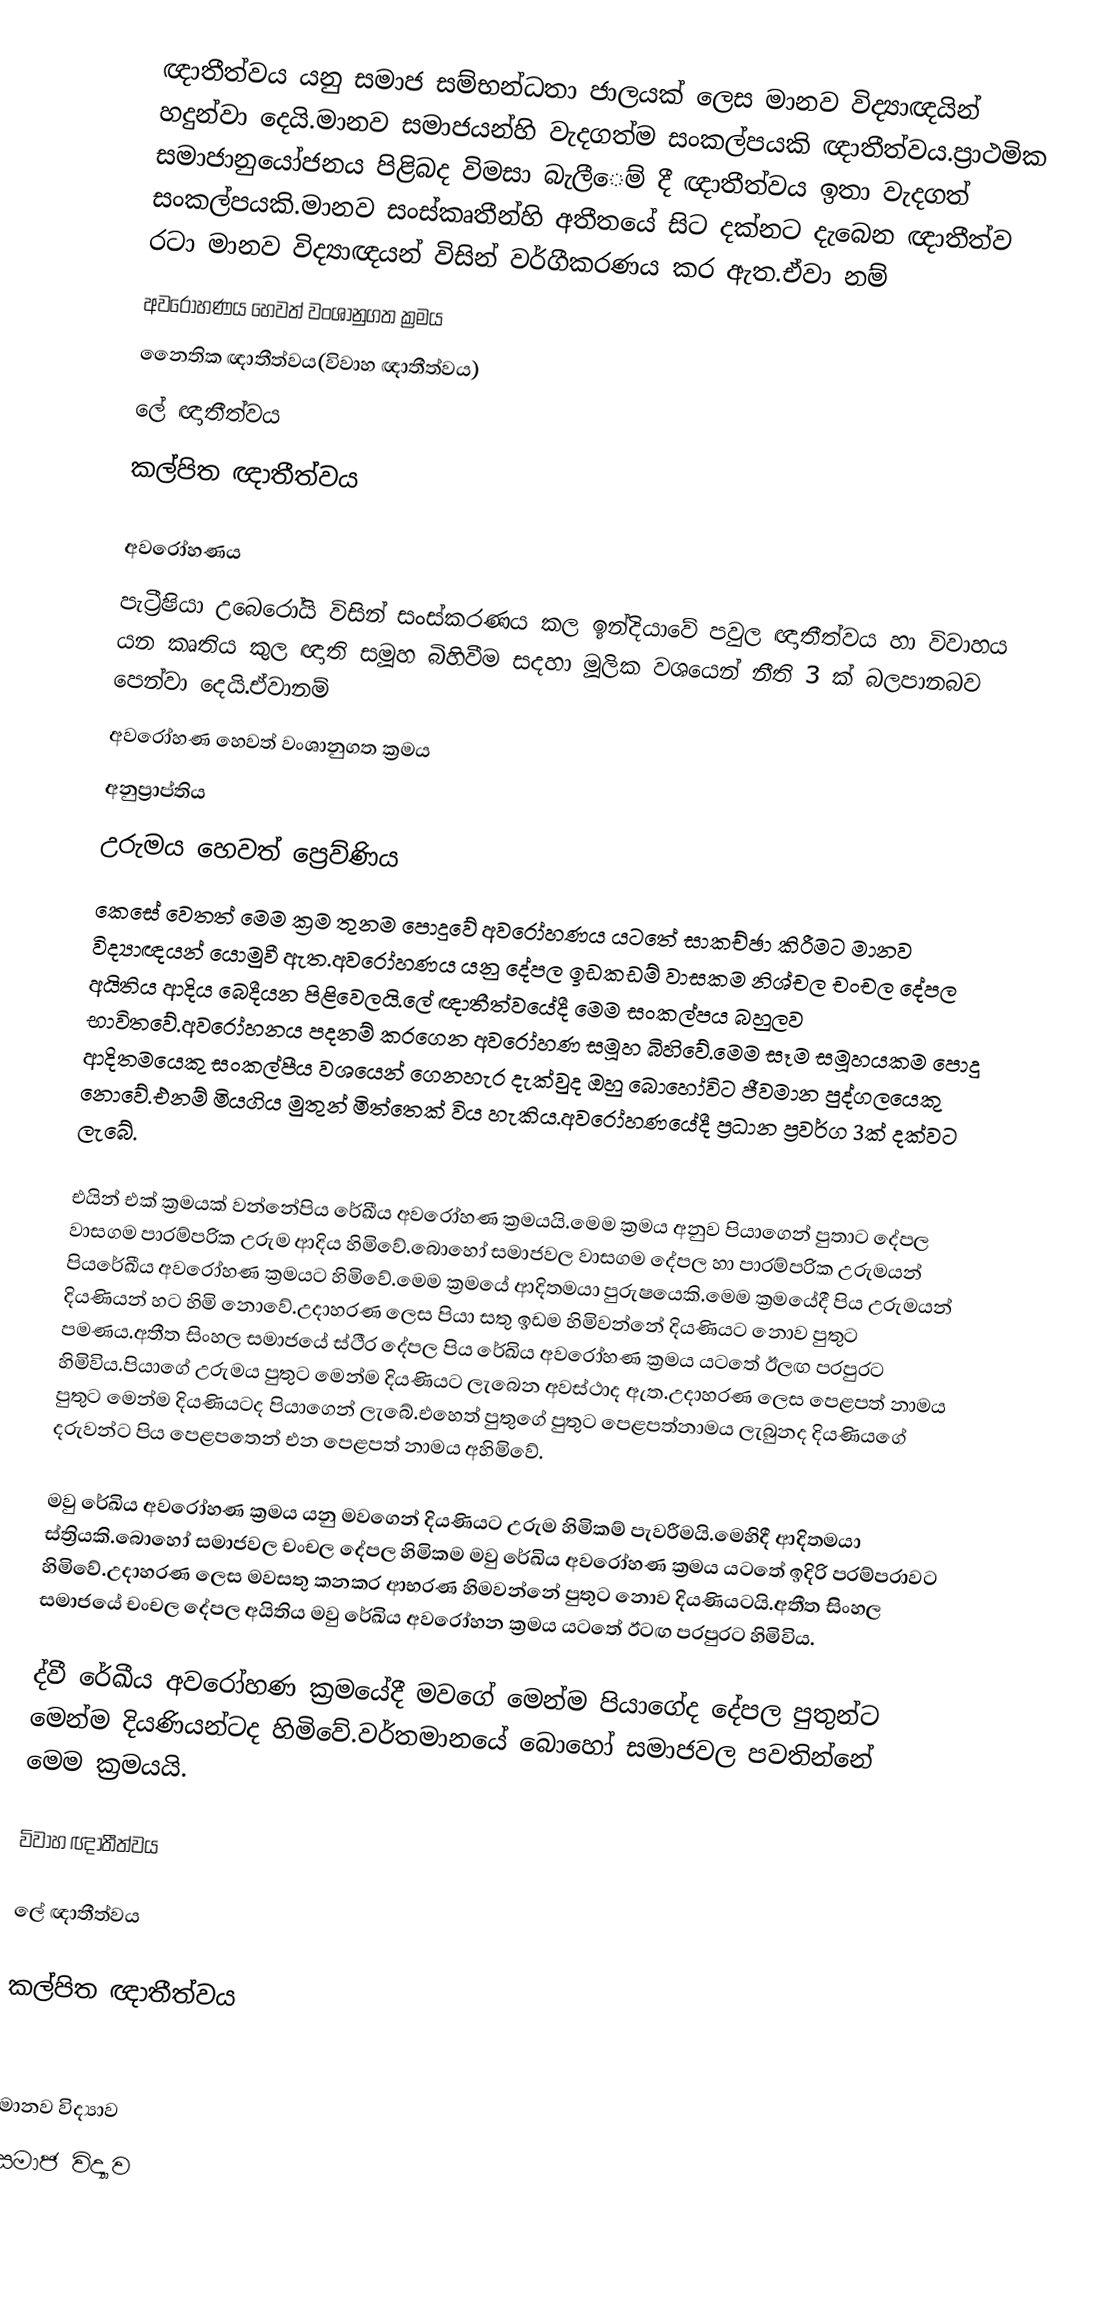
ඥාතීත්වය යනු සමාජ සම්භන්ධතා ජාලයක් ලෙස මානව විද්‍යාඥයින් හදුන්වා දෙයි.මානව සමාජයන්හි වැදගත්ම සංකල්පයකි ඥාතීත්වය.ප්‍රාථමික සමාජානුයෝජනය පිළිබද විමසා බැලීෙම් දී ඥාතීත්වය ඉතා වැදගත් සංකල්පයකි.මානව සංස්කෘතීන්හි අතීතයේ සිට දක්නට දැබෙන ඥාතීත්ව රටා මානව විද්‍යාඥයන් විසින් වර්ගීකරණය කර ඇත.ඒවා නම්
 අවරෝහණය හෙවත් වංශානුගත ක්‍රමය
 නෛතික ඥාතීත්වය(විවාහ ඥාතීත්වය)
 ලේ ඥාතීත්වය
 කල්පිත ඥාතීත්වය

අවරෝහණය
පැට්‍රීෂියා උබෙරෝයි විසින් සංස්කරණය කල ඉන්දියාවේ පවුල ඥාතීත්වය හා විවාහය යන කෘතිය කුල ඥාති සමූහ බිහිවීම සදහා මූලික වශයෙන් නීති 3 ක් බලපානබව පෙන්වා දෙයි.ඒවානම්
 අවරෝහණ හෙවත් වංශානුගත ක්‍රමය
 අනුප්‍රාප්තිය
 උරුමය හෙවත් ප්‍රෙව්ණිය
කෙසේ වෙතත් මෙම ක්‍රම තුනම පොදුවේ අවරෝහණය යටතේ සාකච්ඡා කිරීමට මානව විද්‍යාඥයන් යොමුවී ඇත.අවරෝහණය යනු දේපල ඉඩකඩම් වාසකම නිශ්චල චංචල දේපල අයිතිය ආදිය බෙදීයන පිළිවෙලයි.ලේ ඥාතීත්වයේදී මෙම සංකල්පය බහුලව භාවිතවේ.අවරෝහනය පදනම් කරගෙන අවරෝහණ සමූහ බිහිවේ.මෙම සෑම සමූහයකම පොදු ආදිතමයෙකු සංකල්පීය වශයෙන් ගෙනහැර දැක්වුද ඔහු බොහෝවිට ජීවමාන පුද්ගලයෙකු නොවේ.එනම් මියගිය මුතුන් මිත්තෙක් විය හැකිය.අවරෝහණයේදී ප්‍රධාන ප්‍රවර්ග 3ක් දක්වට ලැබේ.

එයින් එක් ක්‍රමයක් වන්නේපිය රේඛීය අවරෝහණ ක්‍රමයයි.මෙම ක්‍රමය අනුව පියාගෙන් පුතාට දේපල වාසගම පාරම්පරික උරුම ආදිය හිමිවේ.බොහෝ සමාජවල වාසගම දේපල හා පාරම්පරික උරුමයන් පියරේඛීය අවරෝහණ ක්‍රමයට හිමිවේ.මෙම ක්‍රමයේ ආදිතමයා පුරුෂයෙකි.මෙම ක්‍රමයේදී පිය උරුමයන් දියණියන් හට හිමි නොවේ.උදාහරණ ලෙස පියා සතු ඉඩම හිමිවන්නේ දියණියට නොව පුතුට පමණය.අතීත සිංහල සමාජයේ ස්ථීර දේපල පිය රේඛිය අවරෝහණ ක්‍රමය යටතේ ඊලඟ පරපුරට හිමිවිය.පියාගේ උරුමය පුතුට මෙන්ම දියණියට ලැබෙන අවස්ථාද ඇත.උදාහරණ ලෙස පෙළපත් නාමය පුතුට මෙන්ම දියණියටද පියාගෙන් ලැබේ.එහෙත් පුතුගේ පුතුට පෙළපත්නාමය ලැබුනද දියණියගේ දරුවන්ට පිය පෙළපතෙන් එන පෙළපත් නාමය අහිමිවේ.

මවු රේඛිය අවරෝහණ ක්‍රමය යනු මවගෙන් දියණියට උරුම හිමිකම් පැවරීමයි.මෙහිදී ආදිතමයා ස්ත්‍රියකි.බොහෝ සමාජවල චංචල දේපල හිමිකම මවු රේඛිය අවරෝහණ ක්‍රමය යටතේ ඉදිරි පරම්පරාවට හිමිවේ.උදාහරණ ලෙස මවසතු කනකර ආභරණ හිමවන්නේ පුතුට නොව දියණියටයි.අතීත සිංහල සමාජයේ චංචල දේපල අයිතිය මවු රේඛිය අවරෝහන ක්‍රමය යටතේ ඊටඟ පරපුරට හිමිවිය.

ද්වී රේඛීය අවරෝහණ ක්‍රමයේදී මවගේ මෙන්ම පියාගේද දේපල පුතුන්ට මෙන්ම දියණියන්ටද හිමිවේ.වර්තමානයේ බොහෝ සමාජවල පවතින්නේ මෙම ක්‍රමයයි.

විවාහ ඥාතීත්වය

ලේ ඥාතීත්වය

කල්පිත ඥාතීත්වය

මානව විද්‍යාව
සමාජ විද්‍යාව